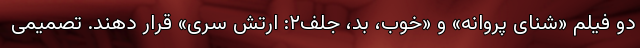
دو فیلم «شنای پروانه» و «خوب، بد، جلف۲: ارتش سری» قرار دهند. تصمیمی